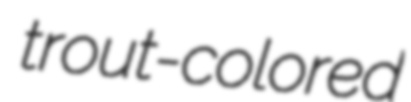
trout-colored